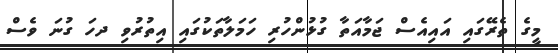
މީގެ ތެރޭގައި އައިއެސް ޖަމާއަތާ ގުޅުންހުރި ހަމަލާތަކުގައި އިތުރުވި ދހަ ގުނަ ވެސް